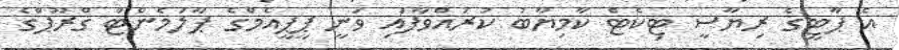
އެ ޕާޓީގެ ރިޔާސީ ޓިކެޓް ކާމިޔާބު ކުރައްވާފައި ވަނީ ޕީޕީއެމްގެ ޕާލަމެންޓް ގްރޫޕްގެ